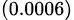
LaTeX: _{(0.0006)}